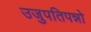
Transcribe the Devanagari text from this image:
उजुपतिपन्नो